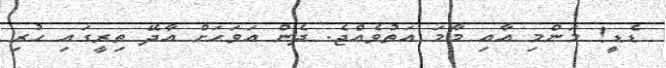
ޑެޑީ! މަންމި އާއި މާމަ އަތުވެއްޖެ. ދެން އަވަހަށް އާދޭ ތިރީގައި ހުރި